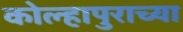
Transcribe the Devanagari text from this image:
कोल्हापुराच्या